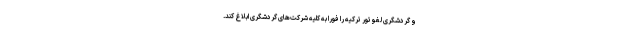
و گردشگری لغو تور ترکیه را فوراً به کلیه شرکت‌های گردشگری ابلاغ کند.